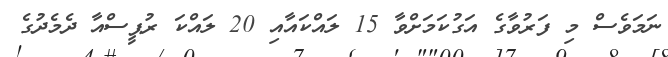
ނަމަވެސް މި ފަރުވާގެ އަގުކަމަށްވާ 15 ލައްކައާއި 20 ލައްކަ ރުޕީސްއާ ދެމެދުގެ